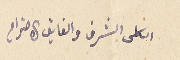
الكلى الشرف والفايق الاحترام